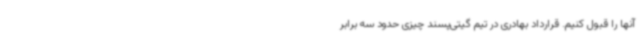
آنها را قبول کنیم. قرارداد بهادری در تیم گیتی‌پسند چیزی حدود سه برابر